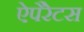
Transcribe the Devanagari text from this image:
ऐपैरेटस